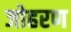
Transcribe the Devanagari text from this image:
जोहरण